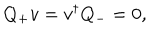
Q _ { + } { v } = { v } ^ { \dagger } Q _ { - } = 0 ,